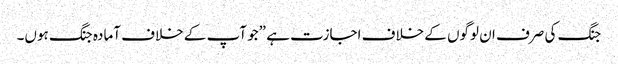
جنگ کی صرف ان لوگوں کے خلاف اجازت ہے ”جو آپ کے خلاف آمادہ جنگ ہوں۔